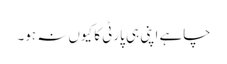
چاہے اپنی ہی پارٹی کا کیوں نہ ہو۔